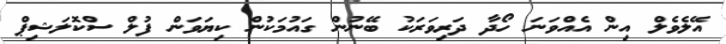
އޭލެވެލް އިން އެއްވަނަ ހޯދާ ދަރިވަރަކު ބޭނުން ގައުމަކުން ކިޔަވަން ފުލް ސްކޮލަޝިޕް